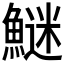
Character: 𩺍